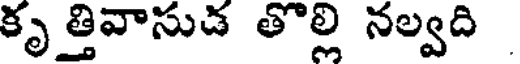
కృ త్తివాసుడ తొల్లి నల్వది